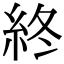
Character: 終